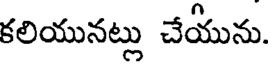
కలియునట్లు చేయును.